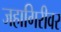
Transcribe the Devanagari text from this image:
जहागिरीवर